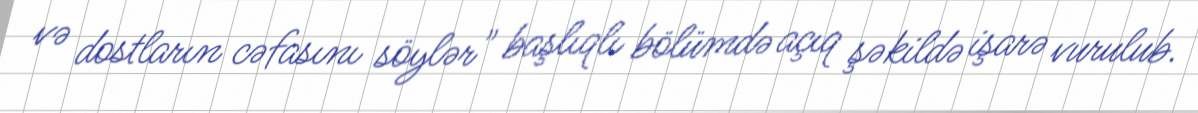
və dostların cəfasını söylər" başlıqlı bölümdə açıq şəkildə işarə vurulub.